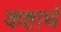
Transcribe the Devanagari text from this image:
कष्टार्थ